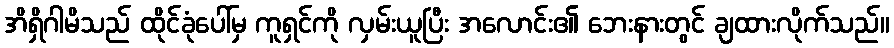
အိရှိဂါမိသည် ထိုင်ခုံပေါ်မှ ကူရှင်ကို လှမ်းယူပြီး အလောင်း၏ ဘေးနားတွင် ချထားလိုက်သည်။